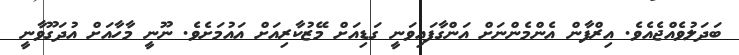
ބަދަލުވެއްޖެއެވެ. އިރްފާން އެންމެންނަށް އަންގާފައިވަނީ ގަޑިއަށް މޭޒުކާރިއަށް އައުމަށެވެ. ނޫނީ މާހާއަށް އުދަގޫވާނީ